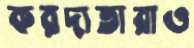
করদাতারাও